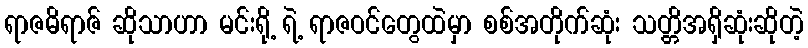
ရာဇဓိရာဇ် ဆိုသာဟာ မင်းရို့ ရဲ့ ရာဇဝင်တွေထဲမှာ စစ်အတိုက်ဆုံး သတ္တိအရှိဆုံးဆိုတဲ့